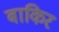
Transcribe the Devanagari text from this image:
बाकिर